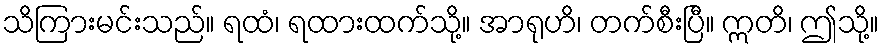
သိကြားမင်းသည်။ ရထံ၊ ရထားထက်သို့။ အာရုဟိ၊ တက်စီးပြီ။ ဣတိ၊ ဤသို့။